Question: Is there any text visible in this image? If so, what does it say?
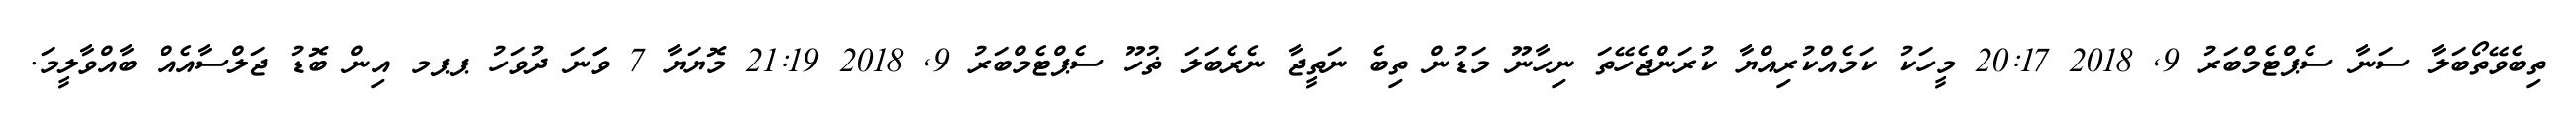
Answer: ތިބެވޭތޯބަލާ ސަނާ ސެޕްޓެމްބަރު 9, 2018 20:17 މީހަކު ކަމެއްކުރިއްޔާ ކުރަންޖެހޭތަ ނިހާނޫ މަޑުން ތިބެ ނަތީޖާ ނެރެބަލަ ޡުހޫ ސެޕްޓެމްބަރު 9, 2018 21:19 މޮޔަޔާ 7 ވަަނަ ދުވަހު ޕޕމ އިން ބޮޑު ޖަލްސާއެއް ބާއްވާލީމަ.